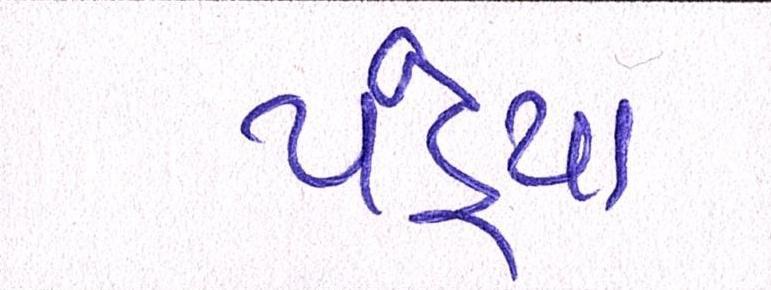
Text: પંડ્યા